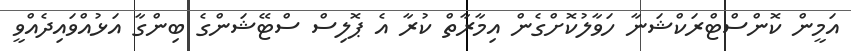
އަމީން ކޮންސްޓްރަކްޝަނާ ހަވާލުކޮށްގެން އިމާރާތް ކުރާ އެ ޕޮލިސް ސްޓޭޝަންގެ ބިންގާ އަޅުއްވައިދެއްވީ